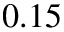
0 . 1 5